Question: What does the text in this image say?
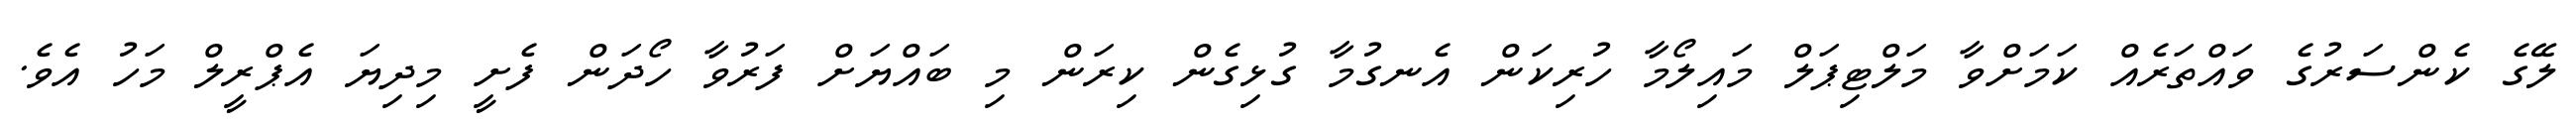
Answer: ލޭގެ ކެންސަރުގެ ވައްތަރެއް ކަމަށްވާ މަލްޓިޕަލް މައިލޯމާ ހުރިކަން އެނގުމާ ގުޅިގެން ކިރަން މި ބައްޔަށް ފަރުވާ ހޯދަން ފެށީ މިދިޔަ އެޕްރީލް މަހު އެވެ.